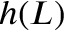
h ( L )